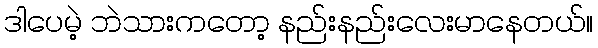
ဒါပေမဲ့ ဘဲသားကတော့ နည်းနည်းလေးမာနေတယ်။